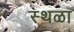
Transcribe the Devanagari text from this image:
स्थळा